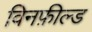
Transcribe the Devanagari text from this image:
विनफ़ील्ड